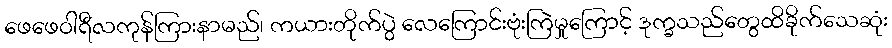
ဖေဖေဝါရီလကုန်ကြားနာမည်၊ ကယားတိုက်ပွဲ လေကြောင်းဗုံးကြဲမှုကြောင့် ဒုက္ခသည်တွေထိခိုက်သေဆုံး